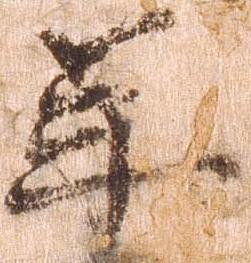
年